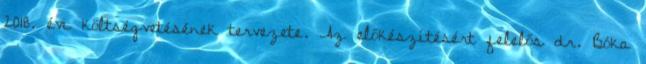
2018. évi költségvetésének tervezete. Az előkészítésért felelős dr. Bóka